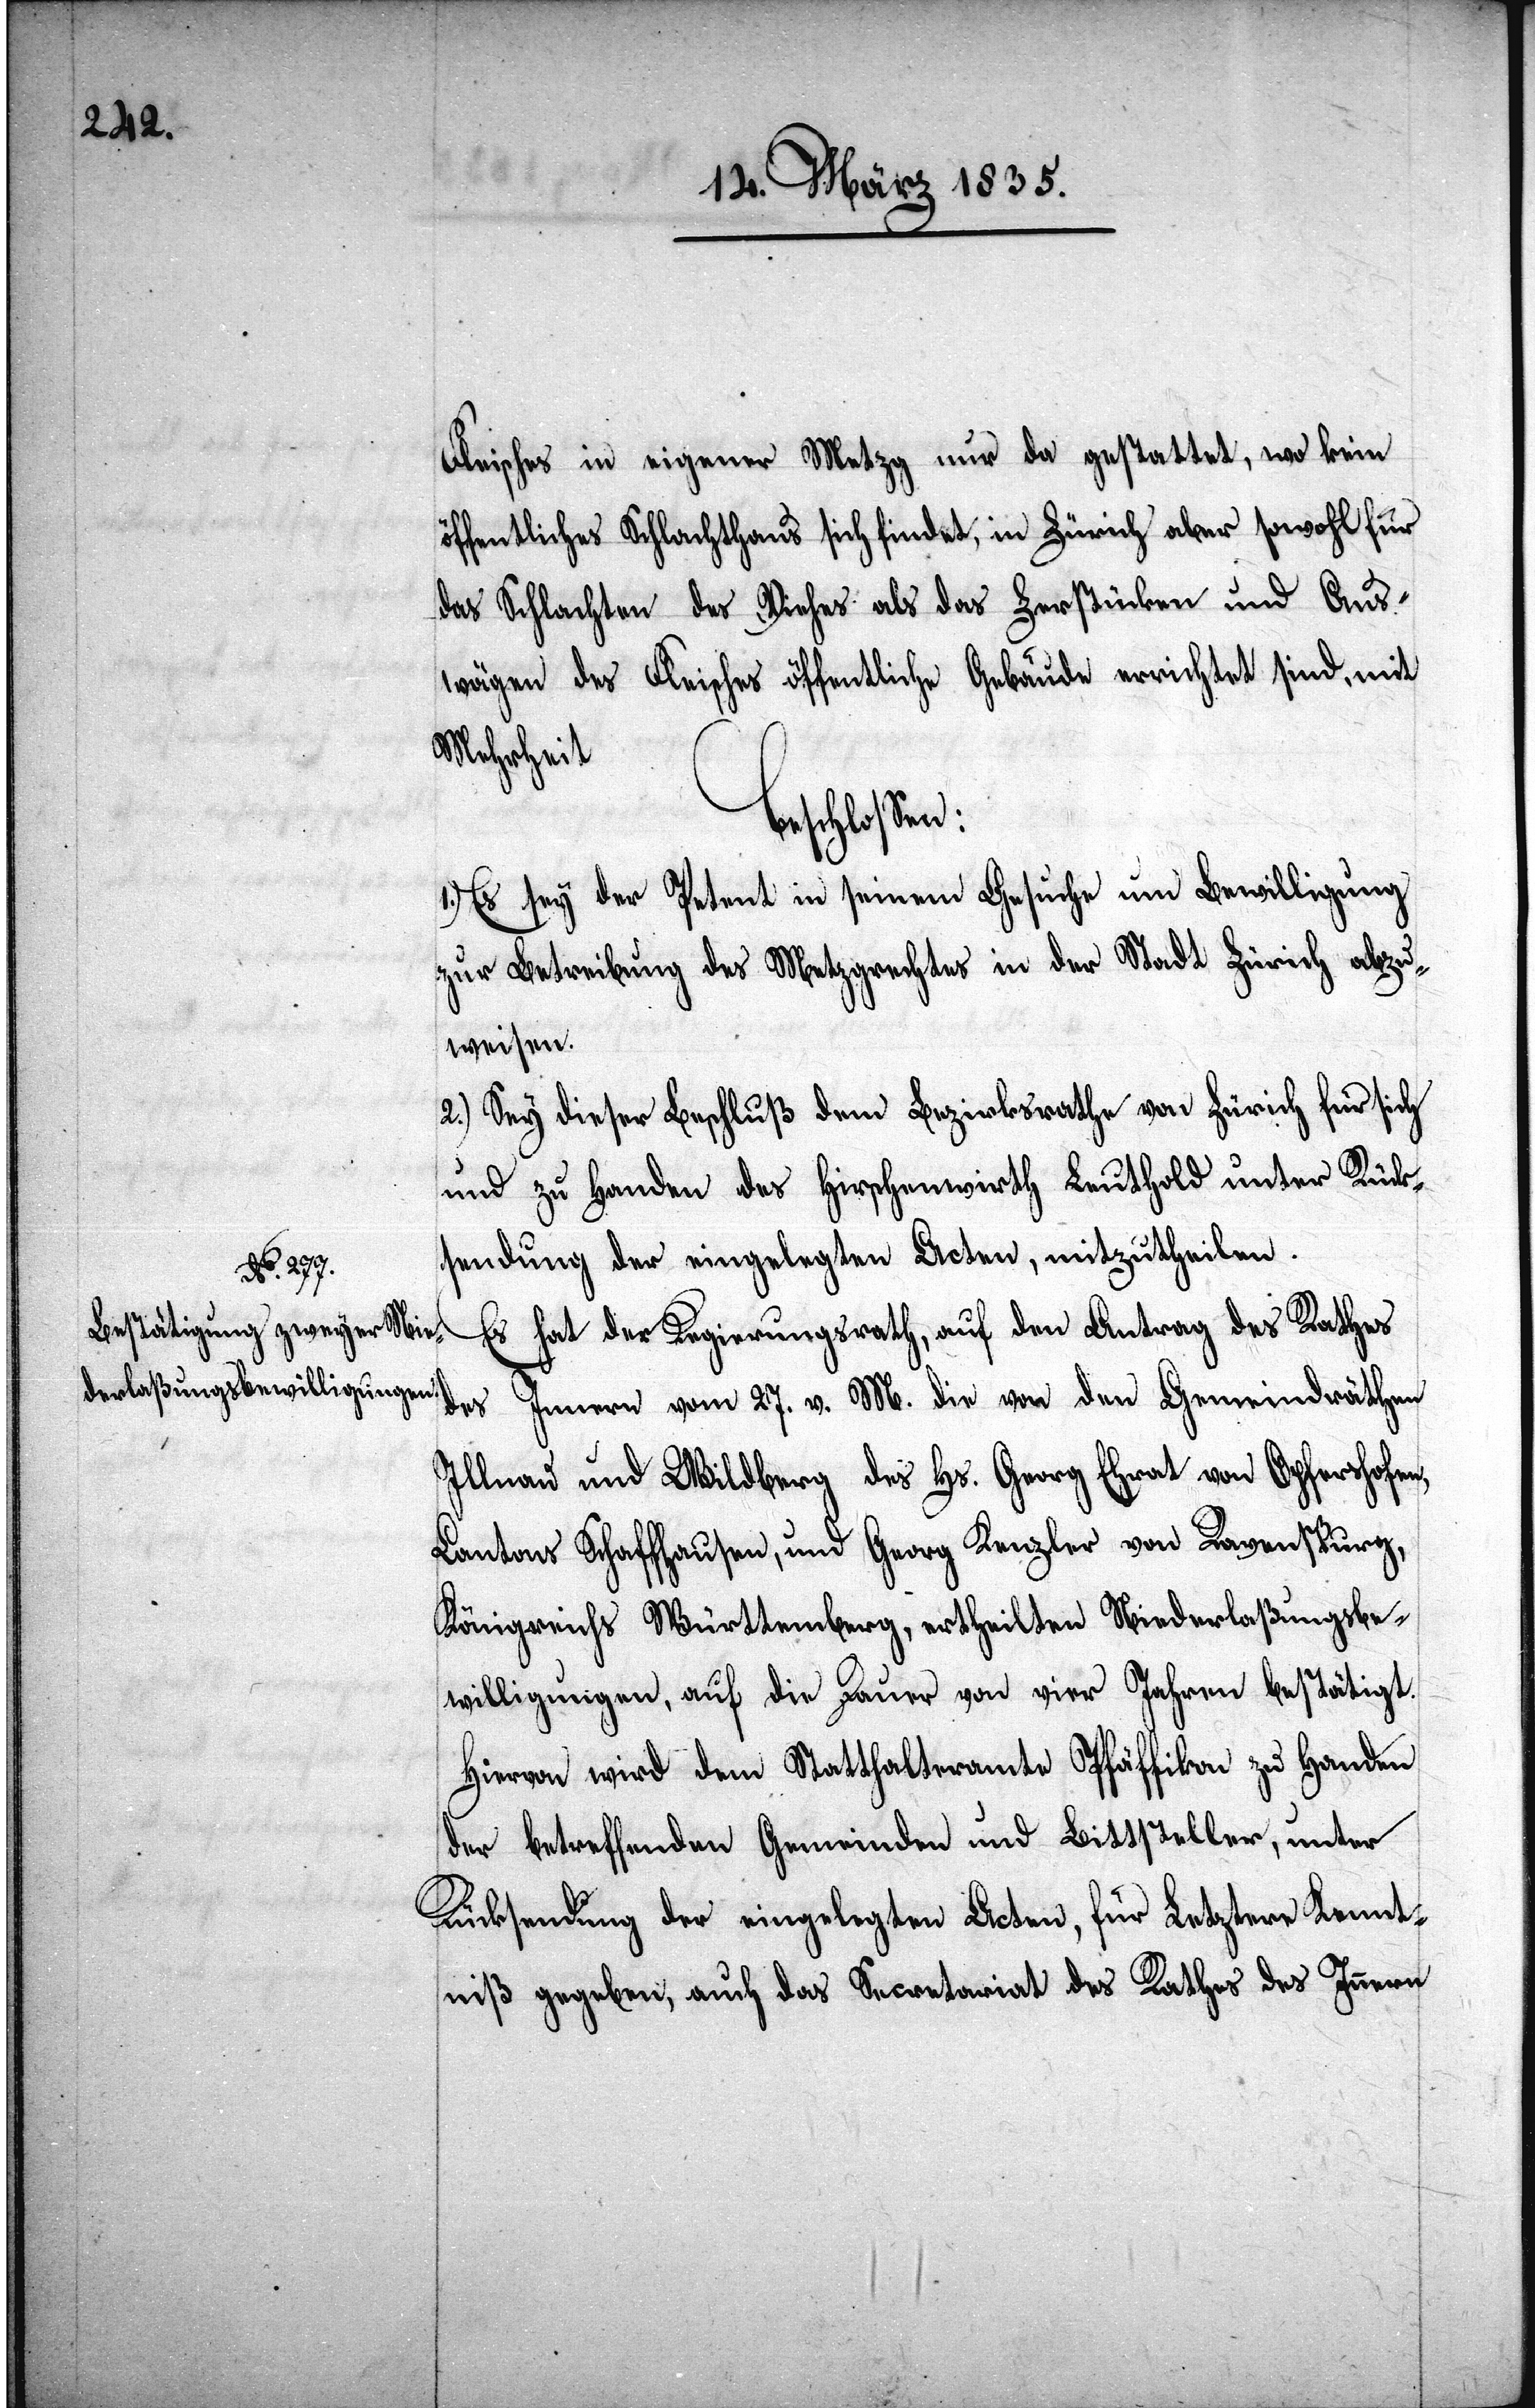
Fleisches in eigener Metzg nur da gestattet, wo kein
öffentliches Schlachthaus sich findet, in Zürich aber sowohl für
das Schlachten des Viehes als das Zerstücken und Aus¬
wägen des Fleisches öffentliche Gebäude errichtet sind, mit
Mehrheit
beschloßen:
1.) Es sey der Petent in seinem Gesuche um Bewilligung
zur Betreibung des Metzgrechtes in der Stadt Zürich abzu¬
weisen.
2.) Sey dieser Beschluß dem Bezirksrathe von Zürich für sich
und zu Handen des Hirschenwirth Leuthold unter Rück¬
sendung der eingelegten Acten, mitzutheilen.
Es hat der Regierungsrath, auf den Antrag des Rathes
des Innern vom 27. v. M. die von den Gemeindräthen
Illnau und Wildberg des Hs. Georg Ehrat von Opfershofen,
Cantons Schaffhausen, und Georg Kanzler von Ravenspurg,
Königreichs Württemberg, ertheilten Niederlaßungsbe¬
willigungen, auf die Dauer von vier Jahren bestätigt.
Hiervon wird dem Statthalteramte Pfäffikon zu Handen
der betreffenden Gemeinden und Bittsteller, unter
Rücksendung der eingelegten Acten, für Letztere Kennt¬
niß gegeben, auch das Secretariat des Rathes des Innern